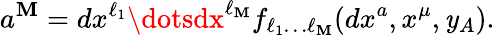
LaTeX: a^{\mathbf{M}}=dx^{\ell_{1}}\dotsdx^{\ell_{\mathbf{M}}}f_{\ell_{1}\dots\ell_{\mathbf{M}}}(dx^{a},x^{\mu},\mathit{y}_{A}).